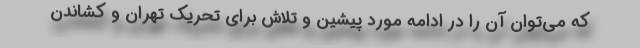
که می‌توان آن را در ادامه مورد پیشین و تلاش برای تحریک تهران و کشاندن